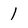
Character: 1